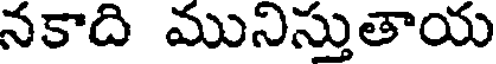
నకాది మునిస్తుతాయ